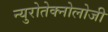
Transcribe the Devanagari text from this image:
न्युरोतेक्नोलोजी